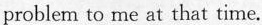
problem to me at that time.